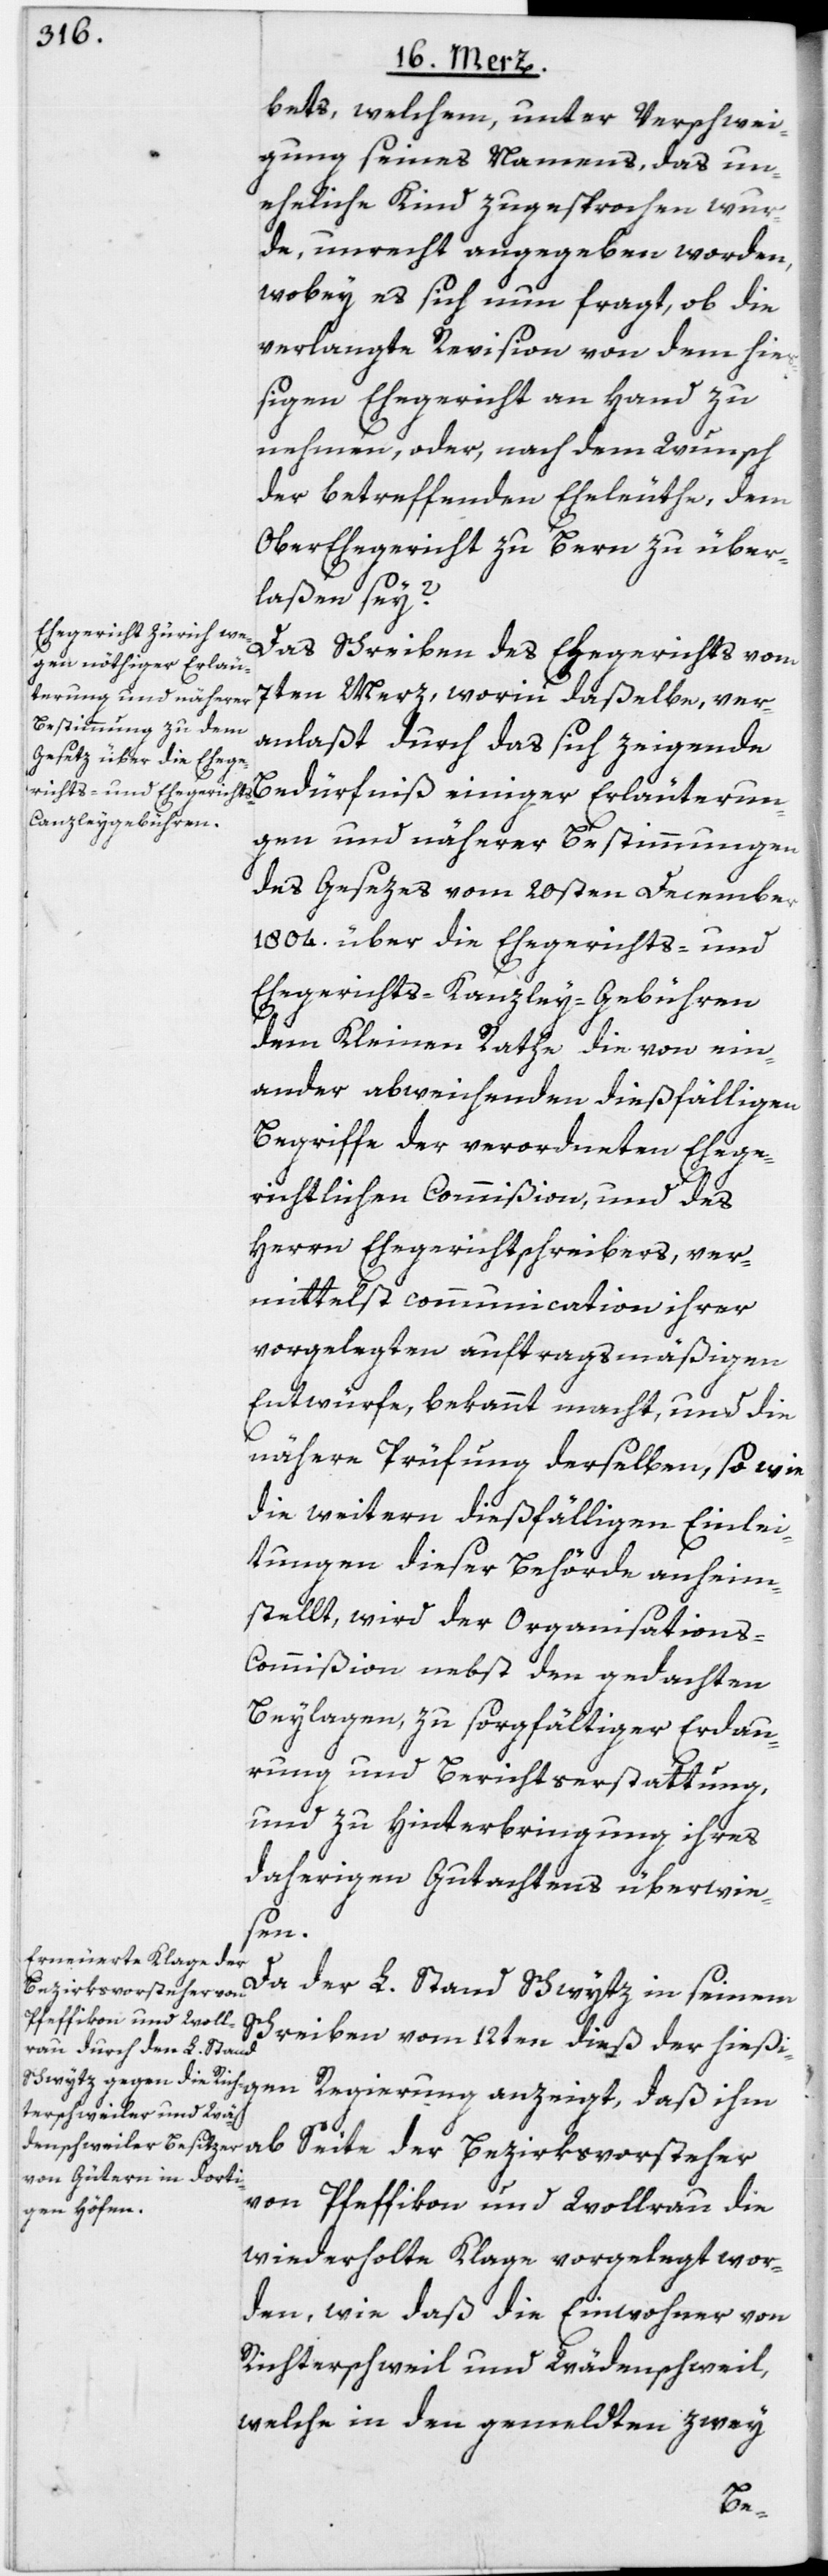
bets, welchem, unter Verschwei¬
gung seines Namens, das un¬
eheliche Kind zugesprochen wur¬
de, unrecht angegeben worden,
wobey es sich nun fragt, ob die
verlangte Revision von dem hie¬
ßigen Ehegericht an Hand zu
nehmen, oder, nach dem Wunsch
der betreffenden Eheleuthe, dem
Ober[-]Ehegericht zu Bern zu über¬
laßen sey?
Das Schreiben des Ehegerichts vom
7ten Merz, worin daßelbe, ver¬
anlaßt durch das sich zeigende
gen und näherer Bestimmungen
des Gesezes vom 20sten December
1804. über die Ehegerichts- und
Ehegerichts-Kanzley-Gebühren
dem Kleinen Rathe die von ein¬
ander abweichenden dießfälligen
Begriffe der verordneten Ehege¬
richtlichen Commißion, und des
Herrn Ehegerichtschreibers, ver¬
mittelst communication [sic!] ihrer
vorgelegten auftragsmäßigen
Entwürfe, bekannt macht, und die
nähere Prüfung derselben, so wie
die weitern dießfälligen Einlei¬
tungen dieser Behörde anheim¬
stellt, wird der Organisation¬
s-Commißion nebst den gedachten
Beylagen, zu sorgfältiger Erdau¬
rung und Berichtserstattung,
und zu Hinterbringung ihres
daherigen Gutachtens überwie¬
der
Bezirksvorsteher
Da der L. Stand Schwytz in seinem
Schreiben vom 12ten dieß der hießi¬
von Pfeffikon und Wollrau die
wiederholte Klage vorgelegt wor¬
den, wie daß die Einwohner von
Richterschweil und Wädenschweil,
welche in den gemeldten zwey